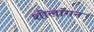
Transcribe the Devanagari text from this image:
शीलांगन